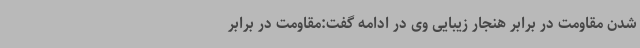
شدن مقاومت در برابر هنجار زیبایی وی در ادامه گفت:مقاومت در برابر